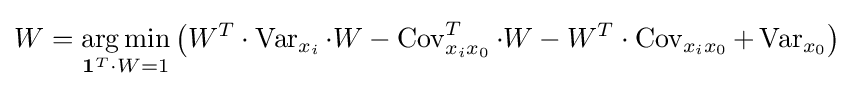
W={\underset {\mathbf {1} ^{T}\cdot W=1}{\operatorname {arg\,min} }}\left(W^{T}\cdot \operatorname {Var} _{x_{i}}\cdot W-\operatorname {Cov} _{x_{i}x_{0}}^{T}\cdot W-W^{T}\cdot \operatorname {Cov} _{x_{i}x_{0}}+\operatorname {Var} _{x_{0}}\right)